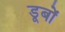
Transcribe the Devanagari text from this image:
डूबों